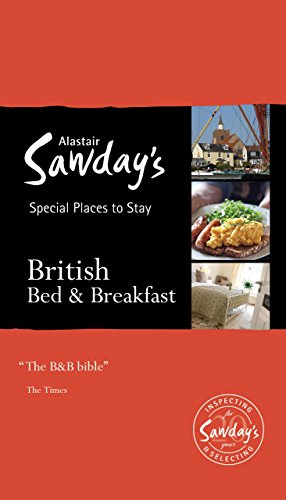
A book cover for Special Places to Stay: British Bed & Breakfast, 19th; Alastair Sawday Publishing Co Ltd.; Travel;